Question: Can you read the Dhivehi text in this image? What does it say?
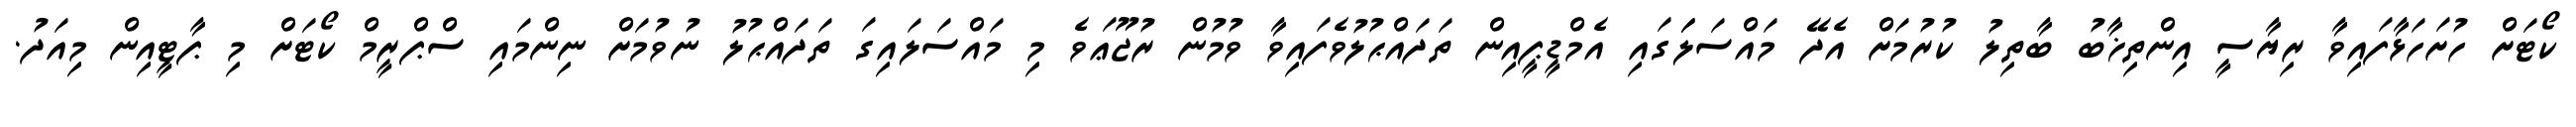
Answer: ކޯޓަށް ހުށަހަޅާފައިވާ ރިޔާސީ އިންތިޚާބު ބާތިލު ކުރުމަށް އެދޭ މައްސަލަަގައި އެމްޑީޕީއިން ތަދައްޙުލުވެފައިވާ ވުމުން ރުޖޫޢަވެ މި މައްސަލައިގަ ތަދައްޙުލު ނުވުމަށް ނިންމައި ސްޕްރީމް ކޯޓަށް މި ޕާޓީއިން މިއަދު.